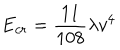
LaTeX: E _ { c r } = { \frac { 1 1 } { 1 0 8 } } \lambda v ^ { 4 }